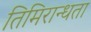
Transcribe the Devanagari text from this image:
तिमिरान्धता